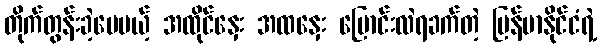
တိုက်တွန်းခဲ့ပေမယ့် အထိုင်နှေး အထနှေး ပြောင်းလဲရခက်တဲ့ မြန်မာနိုင်ငံရဲ့